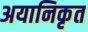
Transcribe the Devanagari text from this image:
अयानिकृत